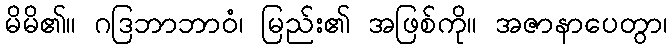
မိမိ၏။ ဂဒြဘာဘာဝံ၊ မြည်း၏ အဖြစ်ကို။ အဇာနာပေတွာ၊